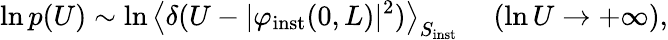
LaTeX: \ln p(U)\sim\ln\left\langle\delta(U-\vert\varphi_{\mathrm{inst}}(0,L)\vert^{2})\right\rangle_{S_{\mathrm{inst}}}\ \ \ \ \ (\ln U\to+\infty),